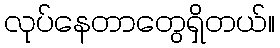
လုပ်နေတာတွေရှိတယ်။